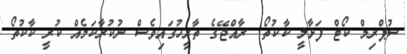
ސުޕްރިމް ކޯޓް ފަޅާލީ ކާކުތޯ  ރާއްޖޭގެ ތާރީހުގައިވެސް ނުކުރާކަމެއް ކުރީ ކާކުތޯ